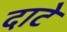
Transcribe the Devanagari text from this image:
दाटे